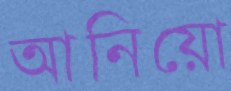
আনিয়ো